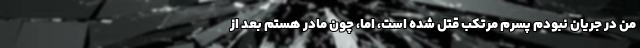
من در جریان نبودم پسرم مرتکب قتل شده است، اما، چون مادر هستم بعد از